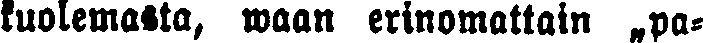
kuolemasta, waan erinomattain „pa-